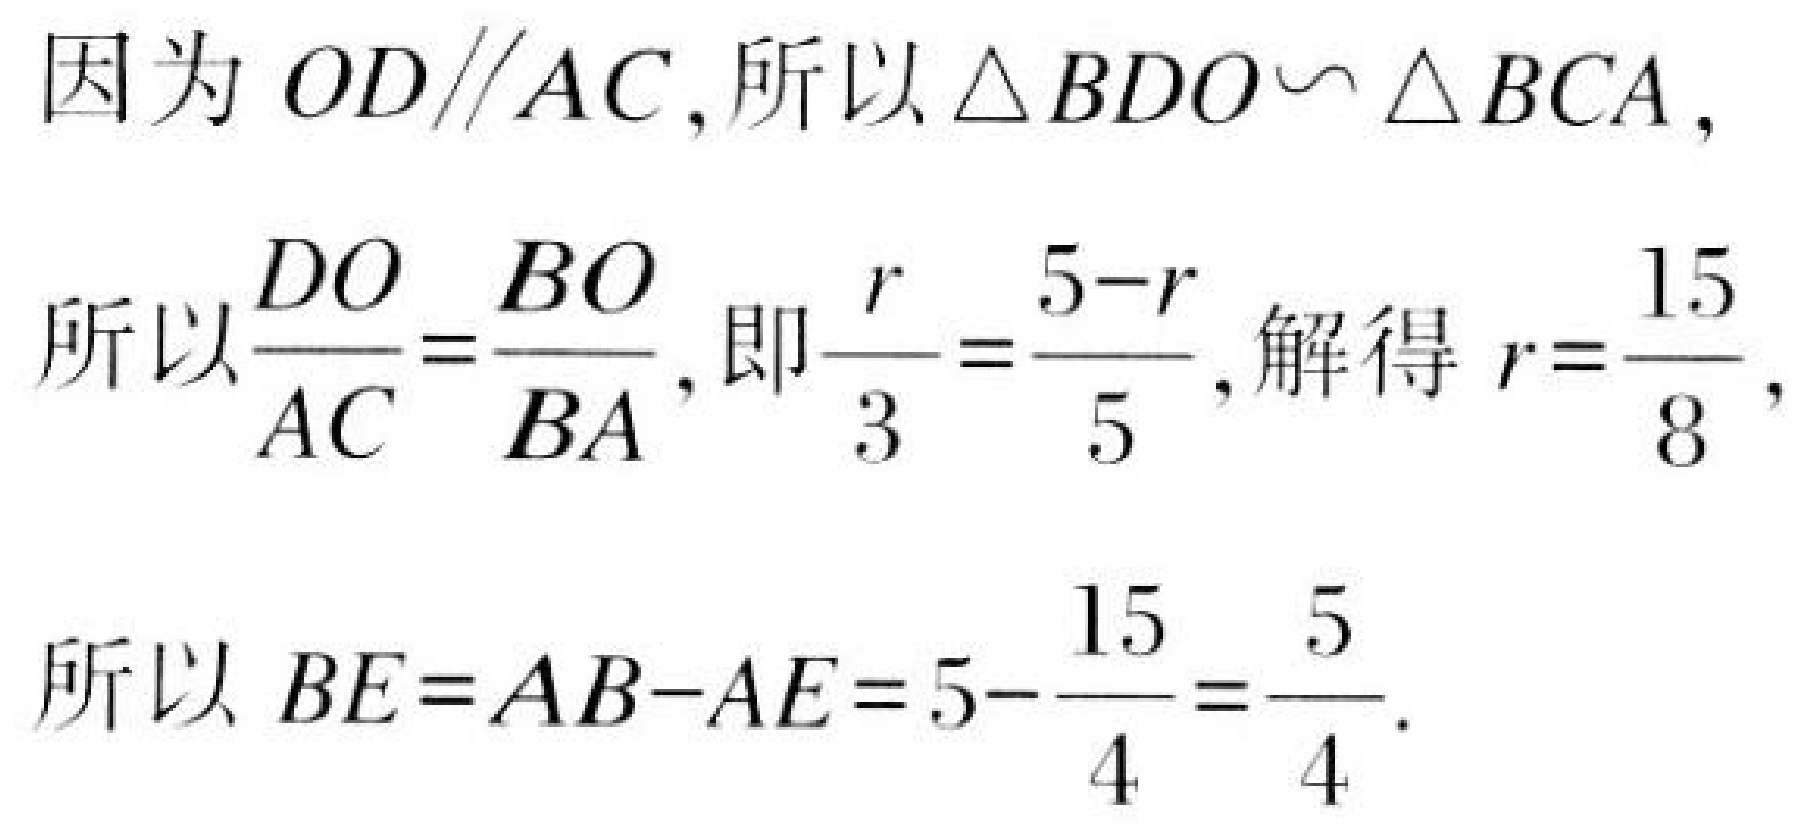
因为 \(OD\parallel AC\), 所以 \(\triangle BDO\backsim \triangle BCA\),
所以 \(\frac{DO}{AC}=\frac{BO}{BA}\), 即 \(\frac{r}{3}=\frac{5 - r}{5}\), 解得 \(r = \frac{15}{8}\),
所以 \(BE = AB - AE=5-\frac{15}{4}=\frac{5}{4}\).